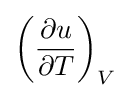
\left({\frac {\partial u}{\partial T}}\right)_{V}